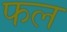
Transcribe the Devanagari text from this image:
फल